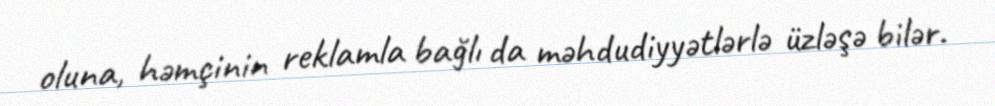
oluna, həmçinin reklamla bağlı da məhdudiyyətlərlə üzləşə bilər.